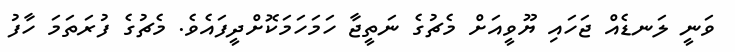
ވަނީ ލަނޑެއް ޖަހައި ޔޫވީއަށް މެޗުގެ ނަތީޖާ ހަމަހަމަކޮށްދީފައެވެ. މެޗުގެ ފުރަތަމަ ހާފު